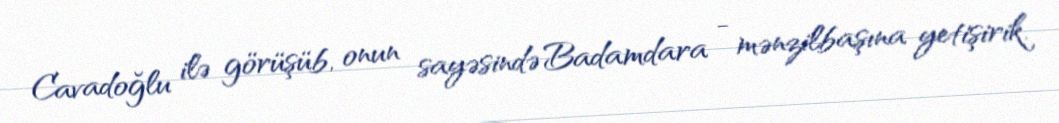
Cavadoğlu ilə görüşüb, onun sayəsində Badamdara - mənzilbaşına yetişirik.